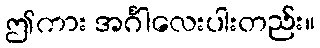
ဤကား အင်္ဂါလေးပါးတည်း။